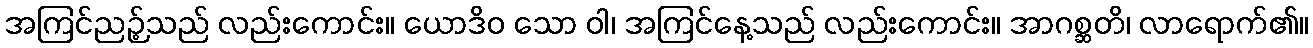
အကြင်ညဉ့်သည် လည်းကောင်း။ ယောဒိဝ သော ဝါ၊ အကြင်နေ့သည် လည်းကောင်း။ အာဂစ္ဆတိ၊ လာရောက်၏။